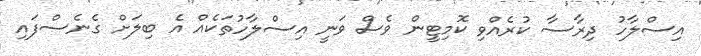
އިސްލާހު ދިރާސާ ކުރެއްވި ކޮމިޓީން ވެސް ވަނީ އިސްލާހުތަކެއް އެ ބިލަށް ގެނެސްފައި